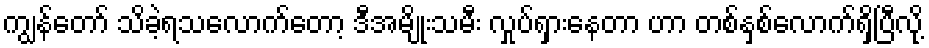
ကျွန်တော် သိခဲ့ရသလောက်တော့ ဒီအမျိုးသမီး လှုပ်ရှားနေတာ ဟာ တစ်နှစ်လောက်ရှိပြီလို့